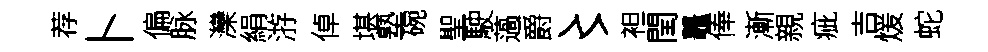
荐卜偏脉灤絹㳺倬堪塾碗聖駛薖爵〻袒閏鼉俸漸親疵吉煖蛇